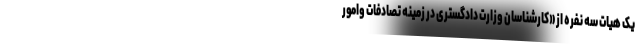
یک هیات سه نفره از «کارشناسان وزارت دادگستری در زمینه تصادفات وامور